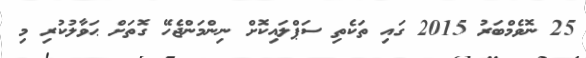
25 ނޮވެމްބަރު 2015 ގައި ތަކެތި ސަޕްލައިކޮށް ނިންމަންޖެހޭ ގޮތަށް ޙަވާލުކުރި މި